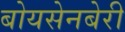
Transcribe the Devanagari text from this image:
बोयसेनबेरी